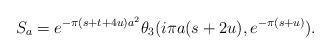
LaTeX: \begin{align*}S_a = e^{-\pi(s+t+4u)a^2}\theta_3(i\pi a(s+2u),e^{-\pi(s+u)}).\end{align*}